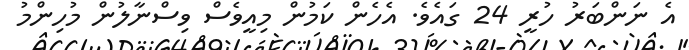
އެ ނަންބަރު ހުރީ 24 ގައެވެ. އެހެން ކަމުން މިއީވެސް ވިސްނާލުން މުހިންމު